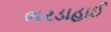
ભરડાહાઈ